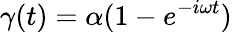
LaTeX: \gamma(t)=\alpha(1-e^{-i\omega t})